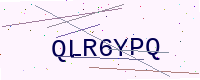
Text: QLR6YPQ